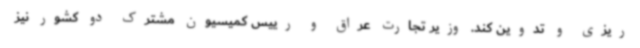
ریزی و تدوین کند. وزیر تجارت عراق و رییس کمیسیون مشترک دو کشور نیز